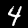
Digit: 4